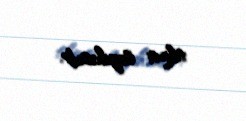
tikinti layihəsidir.